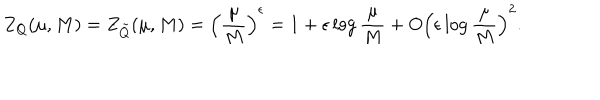
Z _ { Q } ( \mu , M ) = Z _ { \tilde { Q } } ( \mu , M ) = \left( \frac { \mu } { M } \right) ^ { \epsilon } = 1 + \epsilon \log \frac { \mu } { M } + O \left( \epsilon \log \frac { \mu } { M } \right) ^ { 2 } .